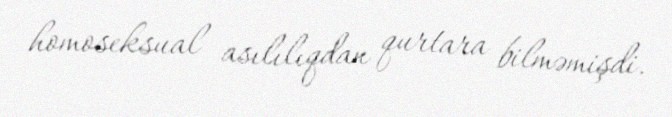
homoseksual asılılıqdan qurtara bilməmişdi.